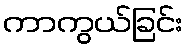
ကာကွယ်ခြင်း